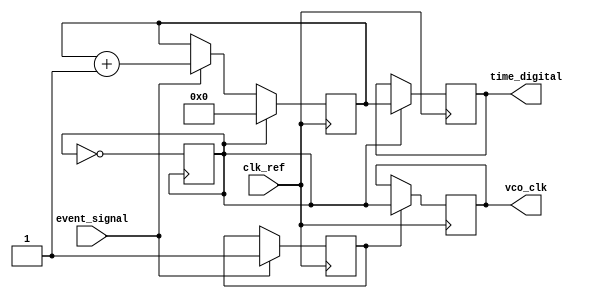
module TDC_PLL (
    input wire clk_ref,         // Reference clock input
    input wire event_signal,    // Input event signal
    output wire [N-1:0] time_digital, // Digital output representing time interval
    output wire vco_clk          // Output of Voltage-Controlled Oscillator (VCO)
);

parameter N = 12;  // Number of bits for digital output
parameter VCO_FREQ_MULT = 8; // VCO frequency multiplier

// PLL components
reg [N-1:0] counter; // Counter to measure time interval
reg vco_enable;      // Enable signal for VCO
wire vco_clk_internal; // Internal VCO clock

// Phase Detector comparison and error signal generation logic
reg phase_error;

// Instantiate VCO (simplified)
reg [15:0] vco_freq; // VCO frequency register
wire vco_lock;       // Signal to indicate PLL lock

always @(posedge clk_ref) begin
    if (event_signal) begin
        // Assuming PLL locks on the event_signal edge
        vco_enable <= 1'b1;
        // Capture current counter value for time measurement
        counter <= counter + 1;
    end
    
    // Update VCO frequency based on loop filter logic (simplified)
    if (segment_found) begin
        phase_error <= // compute phase error between event and vco_clk
        // Update VCO frequency (simplified):
        vco_freq <= vco_freq + phase_error;
    end
    
    // Reset counter when VCO signal is high
    if (vco_clk_internal) begin
        time_digital <= counter;
        counter <= 0; // Reset counter after capturing time
    end
end

// Simulated VCO functionality
always @(posedge clk_ref) begin
    if (vco_enable) begin
        vco_clk <= vco_clk_internal; // VCO clock output
    end
end

// VCO Clock Generation Logic (example)
always @(posedge vco_clk_internal) begin
    vco_clk_internal <= ~vco_clk_internal; // Toggle clock for simplistic VCO behavior
end

endmodule